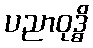
ပညာဝုဒ္ဓိ